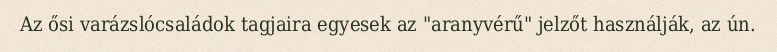
Az ősi varázslócsaládok tagjaira egyesek az "aranyvérű" jelzőt használják, az ún.